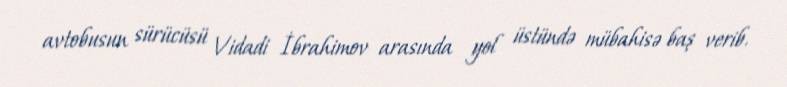
avtobusun sürücüsü Vidadi İbrahimov arasında yol üstündə mübahisə baş verib.